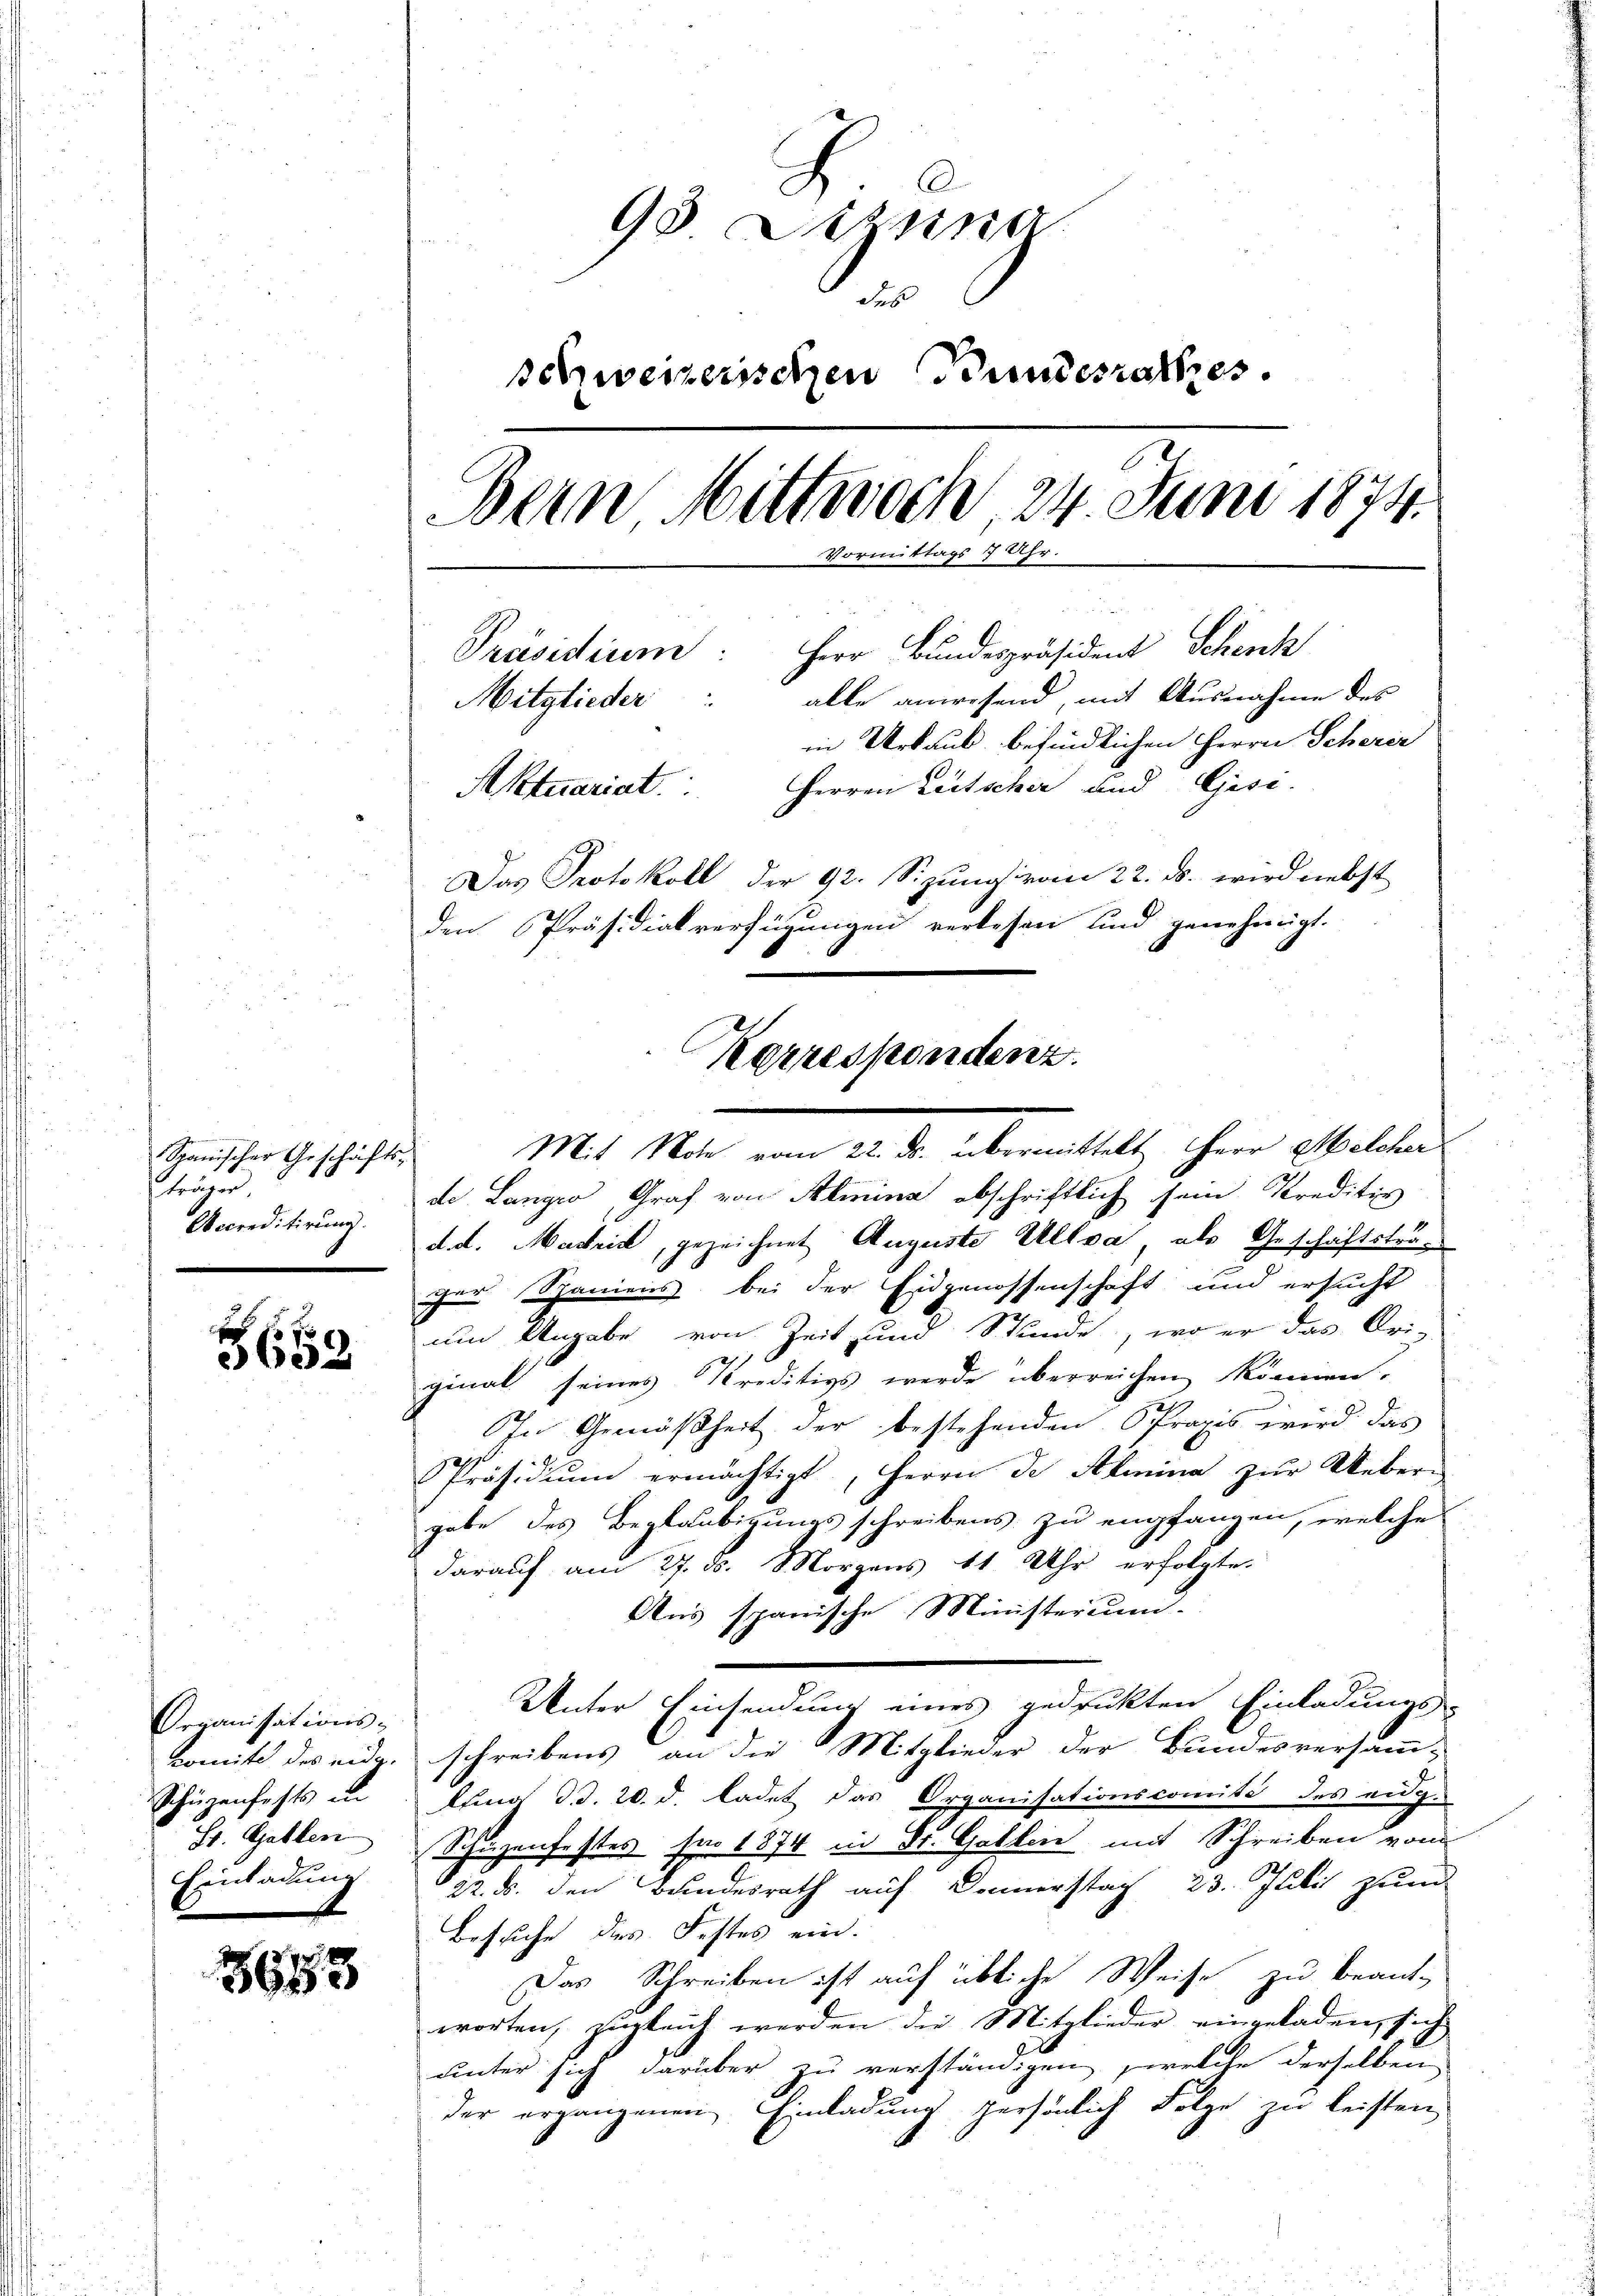
Spanischer Geschäfts-
steigen
Accreditirung.

1 x
652

Armanisations-
Komite des eider
Schüzenfests un
St. Gallen
Einladung

3683

93 Sizina
Sus
schweizerischen Bundesrathes.
Bern Mittwoch, 24 Juni 1874.
Vormittags 7 Uhr.
Präsidiren: Herr Bundespräsident Scherch
alle anwesend, mit Ausnahme des
Mitglieder
in Urlaub befindlichen Herrn Scherer
Herren Leitscher und Gise
Aktuariat.
Das Protokoll der 92. Sizung vom 22. ds. wird nebst
den Präsidialverfügungen verlesen und genehmigt.

Mit Note vom 22. ds. übermittelt Herr Melcher
de Langer, Graf von Aemina abschriftlich sein Kreditiv
d. d. Madrid, gezeichnet Auguste Ultra als Geschäftsträihre Spaniens bei der Eidgenossenschaft und ersucht
um Angabe von Zeit und Stunde, wo er das Uri-
ginal seines Kreditivs werde überreichen können.
In Gemäßheit der bestehenden Spraxis wird das
Präsidiŭm ermächtigt, Herrn de Aemina zŭr Ueber-
gabe des Beglaubigungsschreibens zu empfangen, welche
darauf am 27. ds. Morgens 11 Uhr erfolgte.
Aus spanische Ministerium.
Unter Einsendung eines gedrukten Einladungs-
schreibens an die Mitglieder der Bundesversamm-
lung d. 20. d. ladet das Organisationscomité des eng-
Schüzenfestes für 1874 in St. Gattin mit Schreiben vom
22. d. den Bundesrath auf Donnerstag 23. Juli zum
Besuche des Festes ein.
Das Schreiben ist auf übliche Weise zu beant-
worten, zugleich werden die Mitglieder eingeladen, sich
unter sich darüber zu verständigen, welche derselben
der ergangenen Einladung persönlich Folge zu leisten

Korrespondenz.